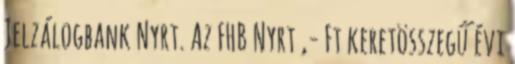
Jelzálogbank Nyrt. Az FHB Nyrt ,- Ft keretösszegű évi